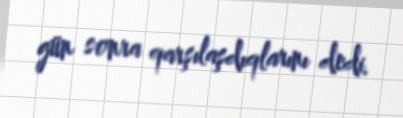
gün sonra qarşılaşdıqlarını dedi.